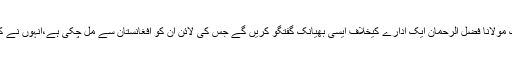
عارف حمید بھٹی نے انکشاف کیا کہ کل پرسوں تک مولانا فضل الرحمان ایک ادارے کیخلاف ایسی بھیانک گفتگو کریں گے جس کی لائن ان کو افغانستان سے مل چکی ہے،انہوں نے کہا کہ اس گفتگو کا نقصان پاکستان کو ہو سکتا ہے ۔